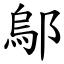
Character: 鄔